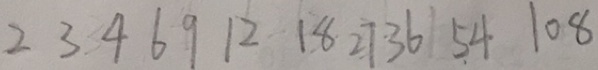
2 3 4 6 9 1 2 1 8 2 7 3 6 5 4 1 0 8